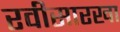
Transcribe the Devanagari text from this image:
रवीसारखा